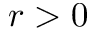
r > 0